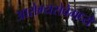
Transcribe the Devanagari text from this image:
आरोग्यसेवेमध्ये